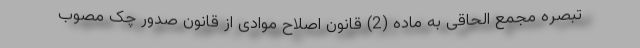
تبصره مجمع الحاقی به ماده (2) قانون اصلاح موادی از قانون صدور چک مصوب